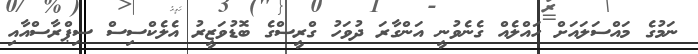
ނަމުގެ މައްސަލައަށް ހައްލެއް ގެނެވުނީ އަންގާރަ ދުވަހު ގްރީސްގެ ބޮޑުވަޒީރު އެލެކްސިސް ސިޕްރާސްއާއި